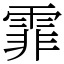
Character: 霏